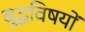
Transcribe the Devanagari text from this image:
बुद्धविषयों